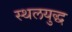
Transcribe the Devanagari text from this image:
स्थलयुद्ध